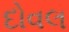
દોવલ